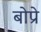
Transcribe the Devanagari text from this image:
बोप्रे